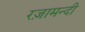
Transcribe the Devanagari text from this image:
रज़ामन्दी